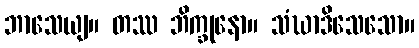
ဘာသေယျ။ တဿ ဘိက္ခုနော။ သံဃာဒိသေသော။